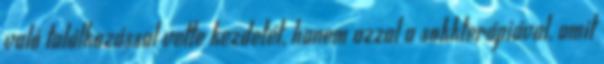
való találkozással vette kezdetét, hanem azzal a sokkterápiával, amit